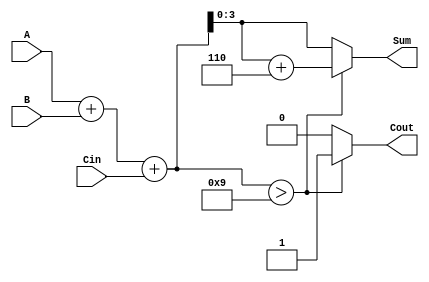
module BCD_Adder (
    input [3:0] A,      // First BCD digit (0-9)
    input [3:0] B,      // Second BCD digit (0-9)
    input Cin,          // Carry-in
    output reg [3:0] Sum, // BCD result
    output reg Cout       // Carry-out
);

    reg [4:0] R; // 5-bit register to hold the binary sum

    always @(*) begin
        // Step 1: Binary Addition
        R = A + B + Cin; // Perform addition
        
        // Step 2: BCD Correction
        if (R > 9) begin
            Sum = R + 6; // Apply correction
            Cout = 1;    // Set carry-out
        end else begin
            Sum = R[3:0]; // No correction needed
            Cout = 0;     // No carry-out
        end
    end

endmodule